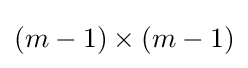
(m-1)\times (m-1)